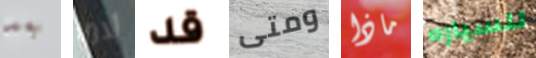
بعد لاما قد ومتى ماذا للسياره